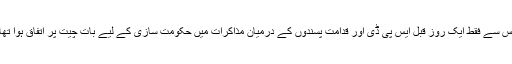
اس سے فقط ایک روز قبل ایس پی ڈی اور قدامت پسندوں کے درمیان مذاکرات میں حکومت سازی کے لیے بات چیت پر اتفاق ہوا تھا۔